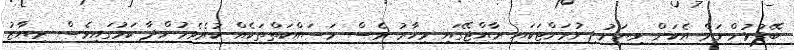
ބޭފުޅުންނަށް އެކަން ވިޔަނުދިނުމަށްޓަކައި ރާއްޖޭގައި މިހާރު ވެސް މަސައްކަތްތަކެއް ކުރެވެމުންދާ ކަމުގައިވެސް ރިޔާޒު